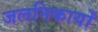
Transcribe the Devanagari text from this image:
जलनिकायों